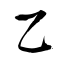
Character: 乙